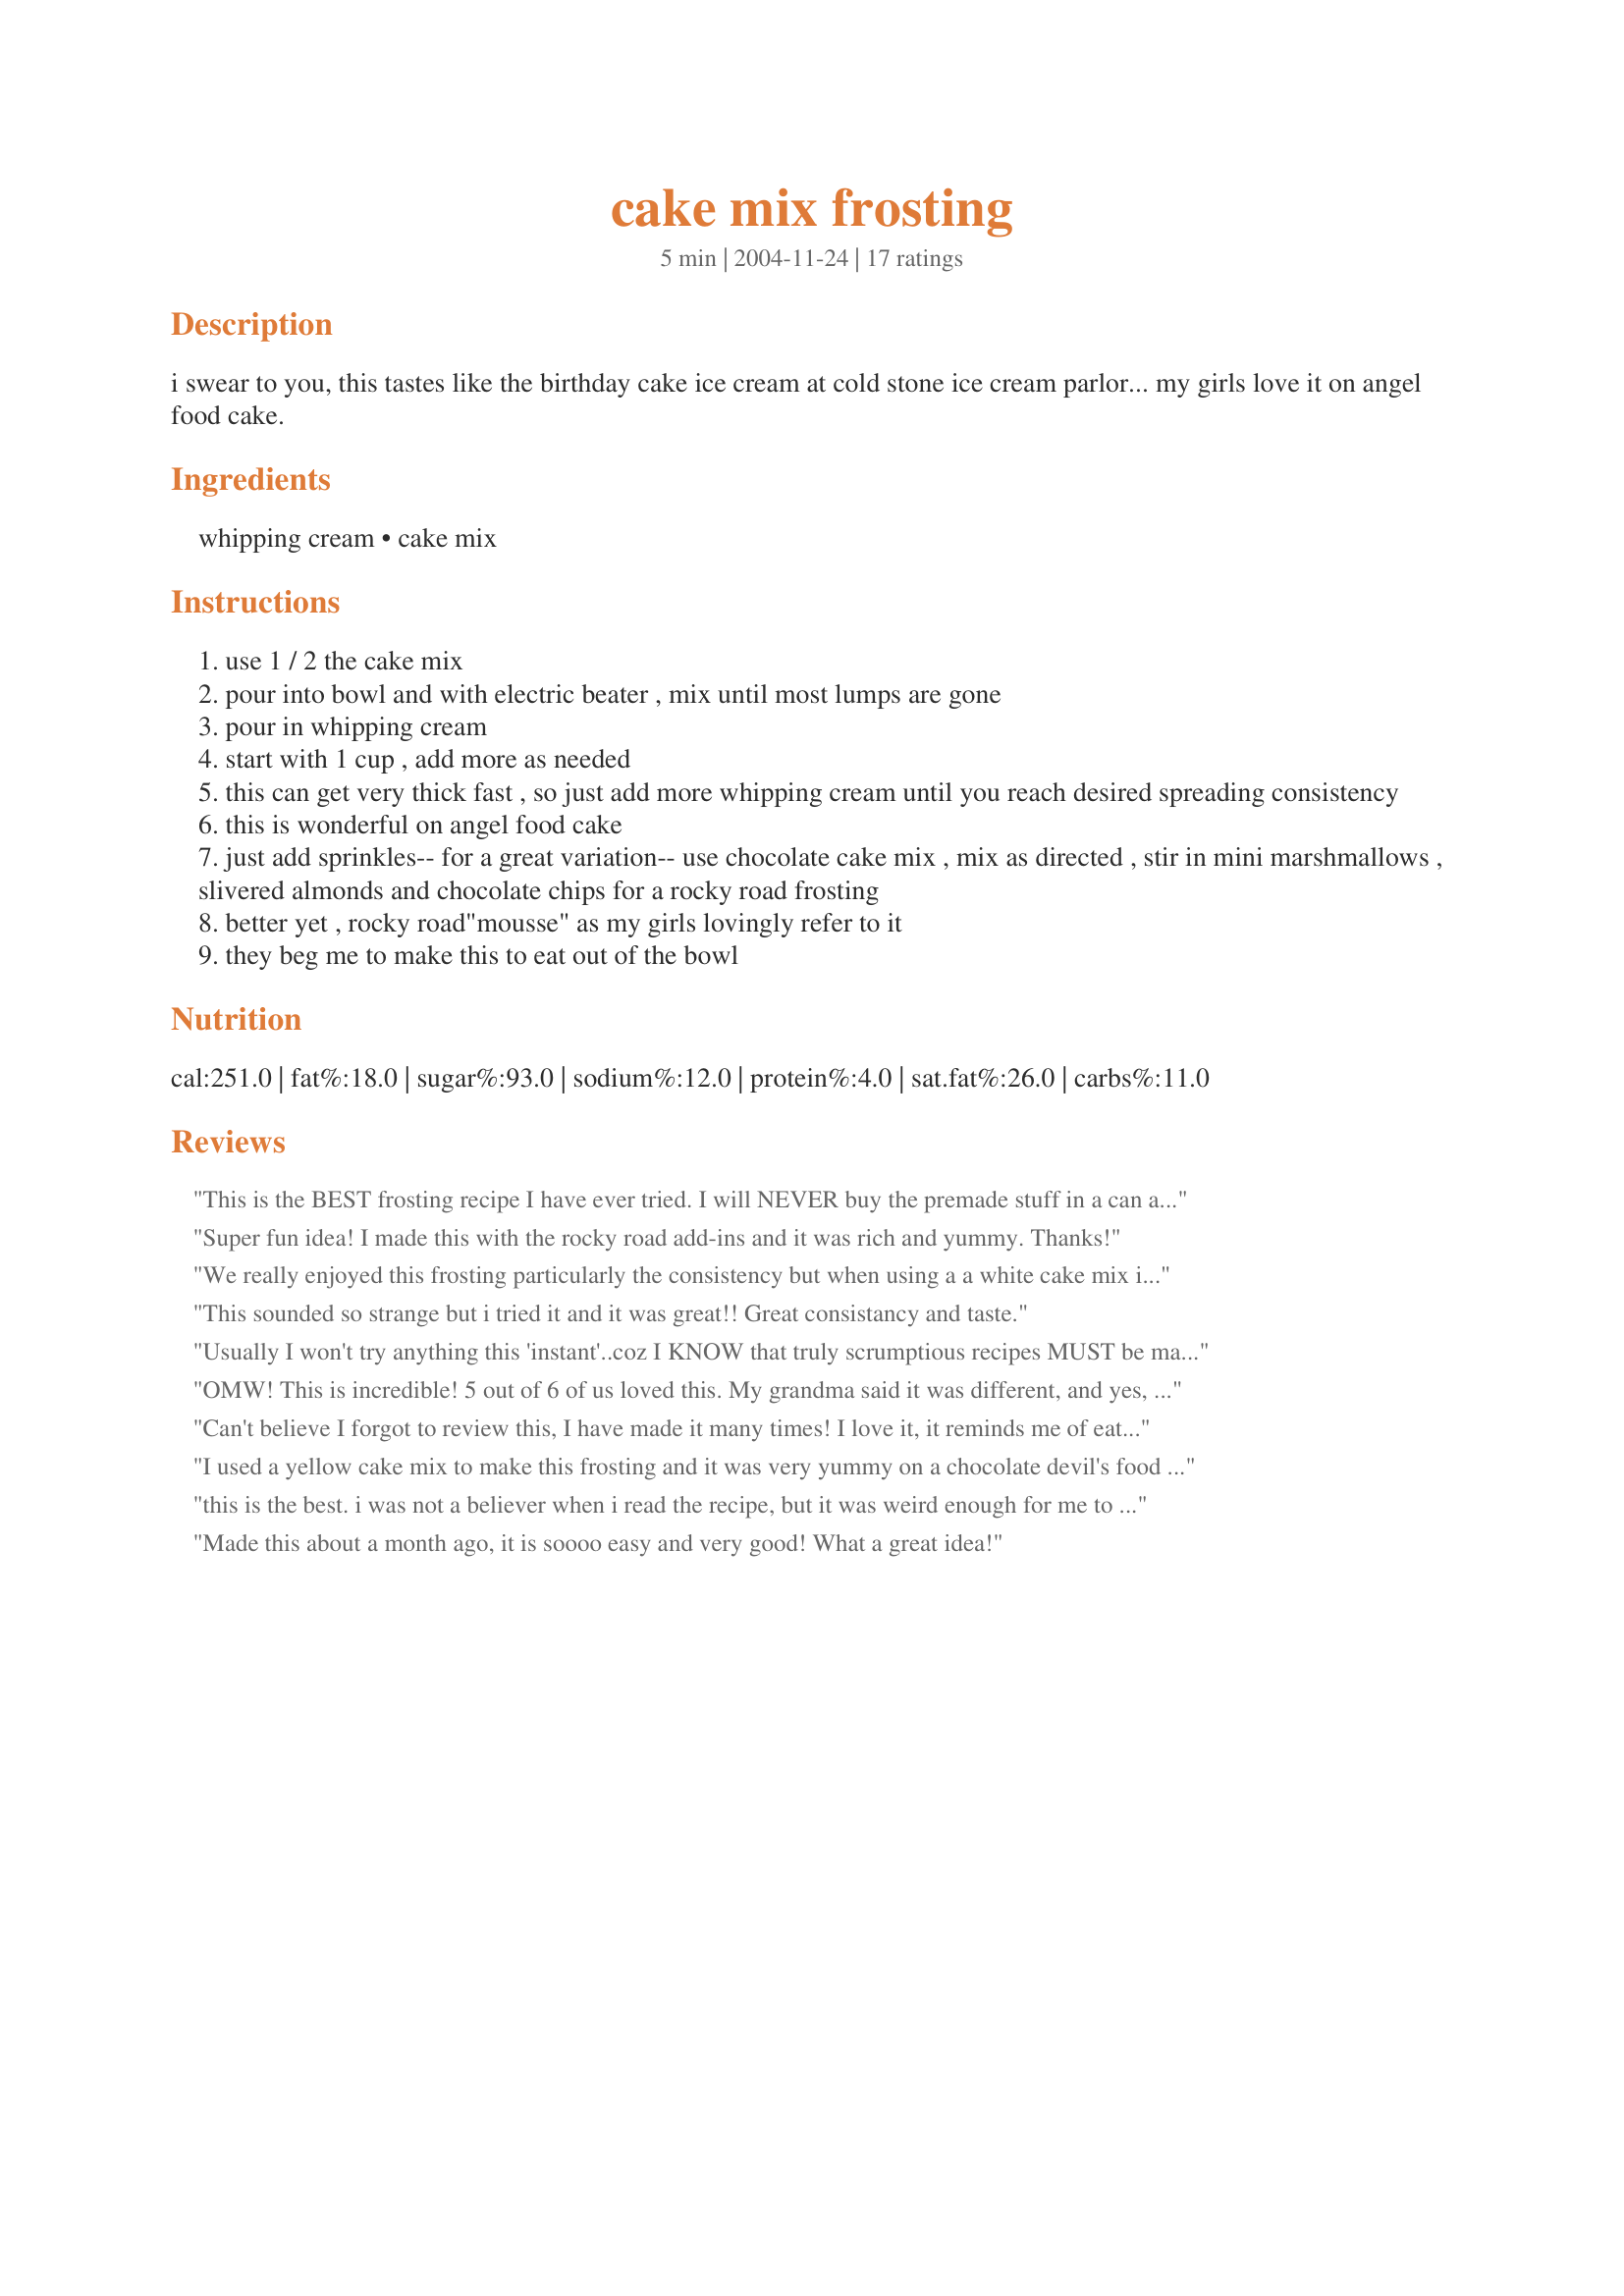
cake mix frosting
Preparation time: 5 minutes

i swear to you, this tastes like the birthday cake ice cream at cold stone ice cream parlor... my girls love it on angel food cake.

Ingredients:
whipping cream, cake mix

Steps:
use 1 / 2 the cake mix
pour into bowl and with electric beater , mix until most lumps are gone
pour in whipping cream
start with 1 cup , add more as needed
this can get very thick fast , so just add more whipping cream until you reach desired spreading consistency
this is wonderful on angel food cake
just add sprinkles-- for a great variation-- use chocolate cake mix , mix as directed , stir in mini marshmallows , slivered almonds and chocolate chips for a rocky road frosting
better yet , rocky road"mousse" as my girls lovingly refer to it
they beg me to make this to eat out of the bowl

Reviews:
This is the BEST frosting recipe I have ever tried. I will NEVER buy the premade stuff in a can again. This is so much better. Try it once and you will agree.
Super fun idea! I made this with the rocky road add-ins and it was rich and yummy. Thanks!
We really enjoyed this frosting particularly the consistency but when using a a white cake mix it wasn't quite sweet enough. To sweeten things up I added 1/4 cup of icing sugar and for us it was perfection. Thanks for the recipe definitely part of the rotation. I can't wait to try different flavors!
This sounded so strange but i tried it and it was great!! Great consistancy and taste.

Usually I won't try anything this 'instant'..coz I KNOW that truly scrumptious recipes MUST be made from scratch. LOL After reading the reviews, I was curious so I made it.
I used a French vanilla cake mix and it tastes
nothing like a mix! I used it to frost a lemon bundt cake..YUMMY! This is so good your tongue will slap your eyebrows right off your head..so be careful!
Thanks, Podapo, for a great recipe.

Chef Judi
OMW! This is incredible! 5 out of 6 of us loved this. My grandma said it was different, and yes, it IS different. BUT SOOOO GOOD! On top of that, It was very easy! I used rainbow chip cake mix. I'll definitely be making this again using different kinds of cake mix! Thanx!
Can't believe I forgot to review this, I have made it many times! I love it, it reminds me of eating cake batter as a child. I love the flavor. I usually stick to the butter flovered white cake mix. Thankyou so much for such an easy tasty receipe. I love to make this on a butter pecan cake mix, it is to die for!
I used a yellow cake mix to make this frosting and it was very yummy on a chocolate devil's food cake! The company loved it...thanks for a super easy recipe!
this is the best. i was not a believer when i read the recipe, but it was weird enough for me to try it. it is so rich and gooey and creamy. i made it with butter pecan cake mix and used it with brownies oh my gosh!!!!!
Made this about a month ago, it is soooo easy and very good! What a great idea!
When I first read this recipe, I thought that the frosting would surely taste bitter, have a heavy flour taste, or be a strange consistency. Well, I just tried it using a white cake mix, and it was amazing. It has the creamy, full consistency of a cooked butter frosting. I kept dipping my finger in the mix as I added the whipping cream and it was grainy at first, then floury, and finally, just right! This is a keeper. Thanks so much for posting this unusual and easy recipe! Who woulda' thunk it?! By the way, has anyone tried using cream cheese in this frosting? I think I'll try that next.
I've been wanting to try this for awhile; I made it recently for a birthday cake & everybody raved :)
I used an entire cake mix (yellow butter) & 2 cups of whipped cream- I also threw in a tsp. of vanilla & the kids LOVED it. I"ll be trying different variations, but this recipe is a gem. Thanks for a definite keeper
We only like homemade frosting but I was curious to try this. The whole family hated it. It has a strong flour-like pasty taste. Definately do not recommend.
This tastes SOOO good. Used it on the Double Chocolate Cherry Cake and won "Best Taste" at a church Cake Bake Off! My only caution would be use less whipping cream so it is slightly stiffer and adheres to the side of the cake more. Still worth 5 stars!
I'm sorry, for a sweet tooth this didn't fill the bill. Sadly the price of the heavy cream and all, I guess I'll just stick to butter and powdered sugar. Sorry, enjoy your Buttermilk Chocolate Chip Cookies though!

I was very skeptical about this one, but I needed something quick. I used white cake mix and it was so delicious! I will use this recipe in the future.
Great Frosting- easy !! We tried a chocolate mix and a white- prefer the chocolate. Thanks for posting !
